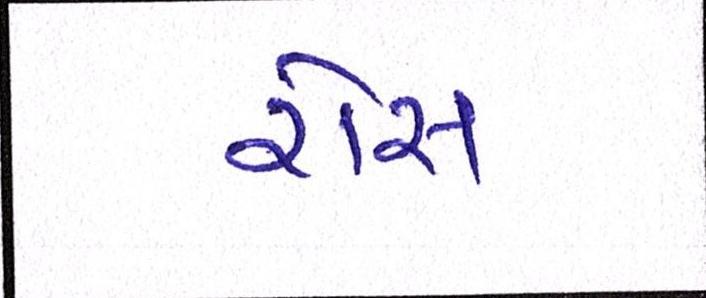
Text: રોસ